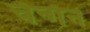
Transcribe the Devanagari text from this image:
चॅन्गॅन